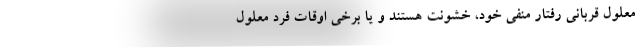
معلول قربانی رفتار منفی خود، خشونت هستند و یا برخی اوقات فرد معلول